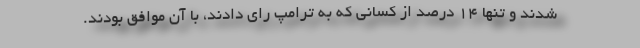
شدند و تنها ۱۴ درصد از کسانی که به ترامپ رای دادند، با آن موافق بودند.